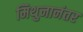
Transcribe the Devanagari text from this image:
मिथुनानंतर